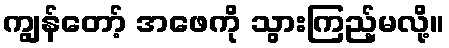
ကျွန်တော့် အဖေကို သွားကြည့်မလို့။